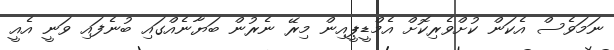
ނަމަވެސް އެކަން ކުށްވެރިކޮށް އެމްޑީޕީއިން މިރޭ ނެރުން ބަޔާނެއްގައި ބުނެފައި ވަނީ އެއީ